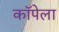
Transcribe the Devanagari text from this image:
कॉपेला